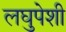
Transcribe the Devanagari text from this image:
लघुपेशी